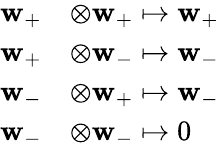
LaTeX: \begin{array}{rl}{\mathbf{w}_{+}}&{\otimes\mathbf{w}_{+}\mapsto\mathbf{w}_{+}}\\ {\mathbf{w}_{+}}&{\otimes\mathbf{w}_{-}\mapsto\mathbf{w}_{-}}\\ {\mathbf{w}_{-}}&{\otimes\mathbf{w}_{+}\mapsto\mathbf{w}_{-}}\\ {\mathbf{w}_{-}}&{\otimes\mathbf{w}_{-}\mapsto 0}\end{array}